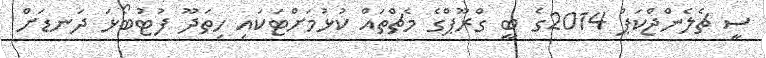
ސީ ޗެލެންޖްކަޕް 2014ގެ ބީ ގްރޫޕްގެ މެޗްތައް ކުޅުމަށްޓަކައި ހިތަދޫ ފުޓުބޯޅަ ދަނޑަށް